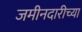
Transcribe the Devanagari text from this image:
जमीनदारीच्या